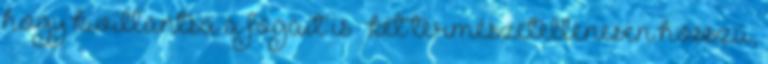
hogy kivillantsa a fogait is – két természetellenesen hosszú,